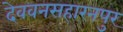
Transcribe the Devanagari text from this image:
देववनसहारनपुर